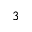
3